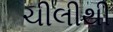
ચીલીથી